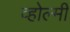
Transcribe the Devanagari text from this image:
व्होल्मी